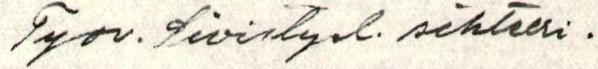
Tyov. Sivistysl. sihteeri.